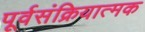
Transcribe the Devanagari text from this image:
पूर्वसंक्रियात्मक